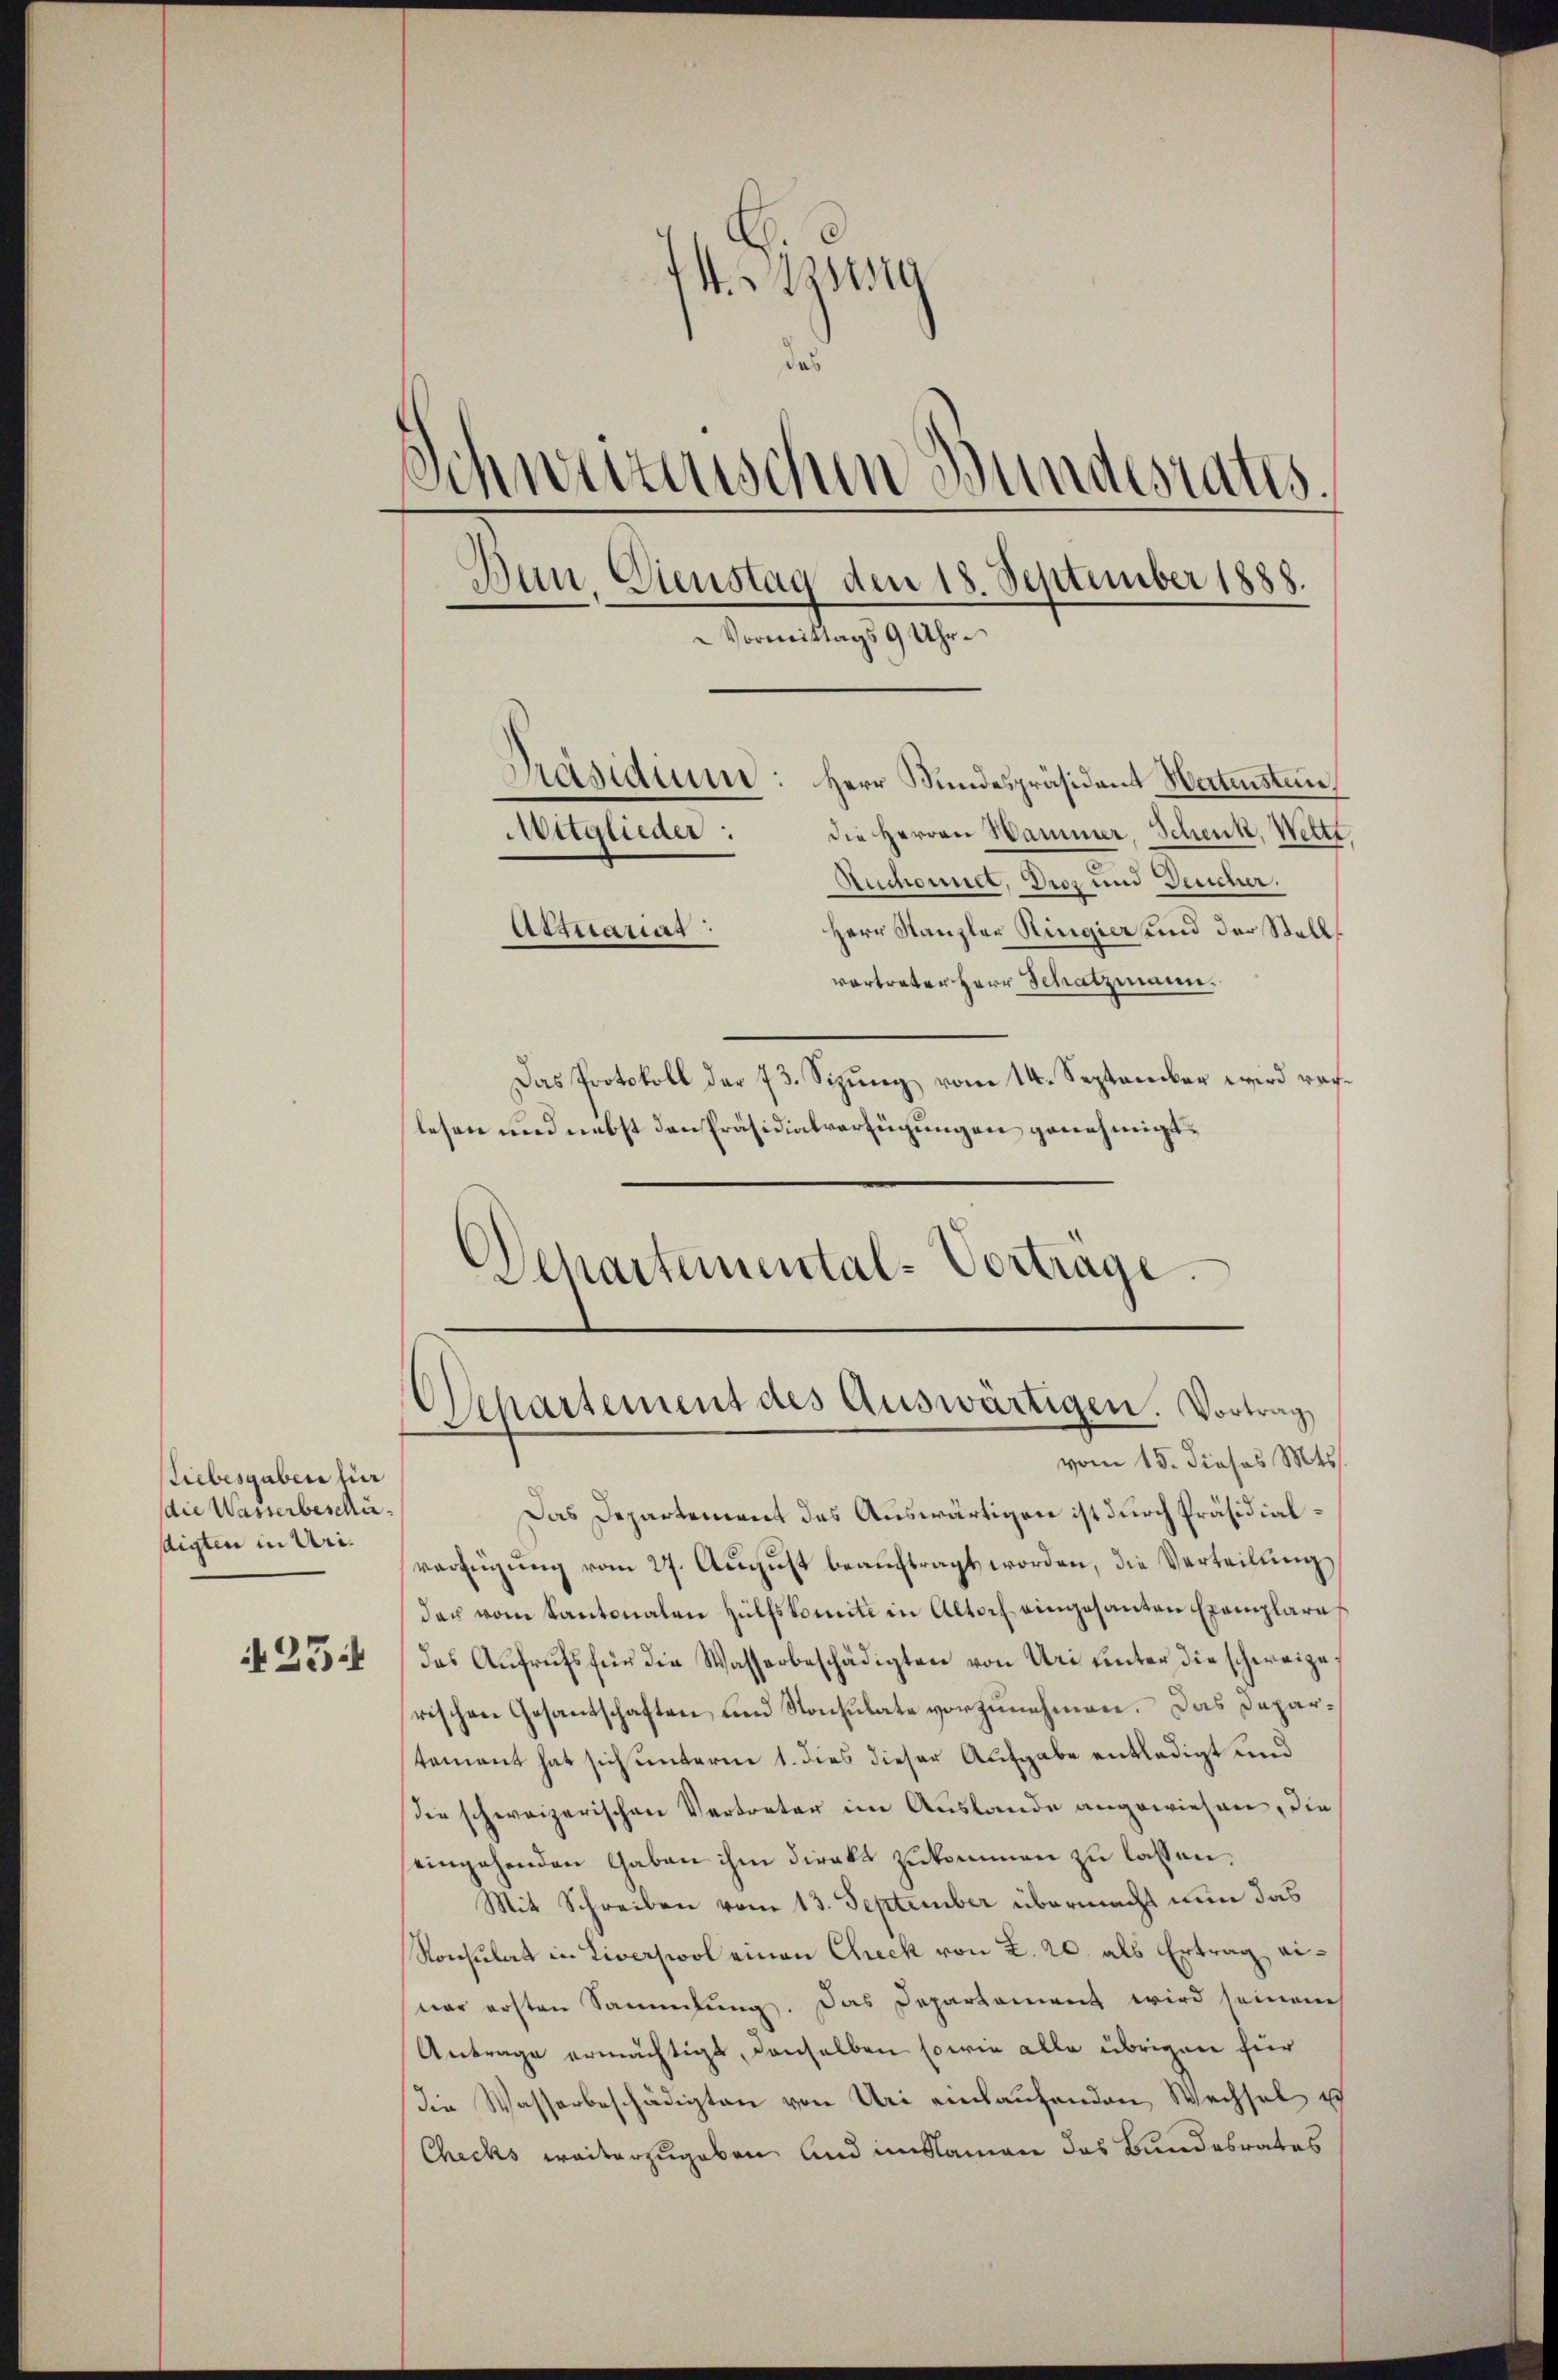
Siebesgaben für
die Wasserbeschäaigten in Uri.
25.

Iststa
das
Schwerenischen Bundesrates.
Dern. Dienstag den 18. September 1888.
Vormittags 9 Uhr.
Präsidium: Herr Bundespräsident Weitensten
Mitglieder: die Herren Hammer, Schenk, Werte,
Auchonnet, Dros und Deucher.
esstrariag
Herr Kanzler Ringier und der Stall
vertreter Herr Schatzmann.
Das Protokoll der 73. Sizung vom 14. September wird rechlesen und nebst den Präsidialverfügungen genehmigt.

e

Schartemental-Vortrage.
Separtement des Auswärtigen. Vortrag

vom 15. dieses 145.
Das Departement des Auswärtigen ist durch Präsidialverfügŭng vom 27. Aŭgŭst beaŭftragt worden, die Verteilŭng
der vom Kantonalen Hülfskomite in Altorf eingesanten Exemplare
das Aŭfrŭfs für die Wasserbeschädigten von Uri unter die schweize
rischen Gesantschaften und Konsulate vorzunehmen. Das Departement hat sich unterm 1. dies dieser Aufgabe entledigt und
die schweizerischen Vertreter im Auslande angewiesen, die
eingehenden Gaben ihm direkt zukommen zu lassen.
Mit Schreiben vom 13. September übermacht nun das
Konsulat in Liverswol einen Check von L. 20. als Ertrag, erwar ersten Sammlung. Das Departement wird seinem
Antrage ermächtigt, denselben sowie alle übrigen für
die Wasserbeschädigten von Uri einkaufenden Wechsel ic
Checks weiterzugeben und im Namen das Bundesrates